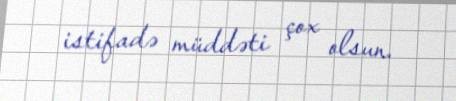
istifadə müddəti çox olsun.